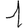
Digit: 1